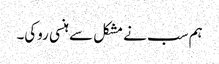
ہم سب نے مشکل سے ہنسی روکی۔